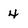
Character: 4